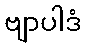
ဗျာပါဒံ